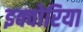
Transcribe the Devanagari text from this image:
इक्वोरिया